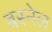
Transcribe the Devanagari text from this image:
बस्नेल